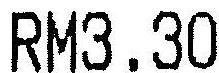
RM3.30